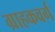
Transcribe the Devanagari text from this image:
ग्राहकवर्ग